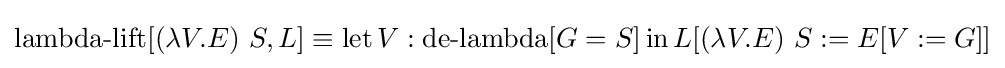
\operatorname {lambda-lift} [(\lambda V.E)\ S,L]\equiv \operatorname {let} V:\operatorname {de-lambda} [G=S]\operatorname {in} L[(\lambda V.E)\ S:=E[V:=G]]